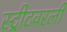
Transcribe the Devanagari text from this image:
स्ट्रीटवरली